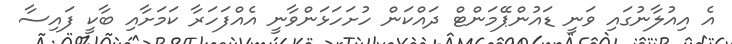
އެ އިއުލާނުގައި ވަނީ ޑައުންޕޭމަންޓް ދައްކަން ހުށަހަޅަންވާނީ އެއްފަހަރާ ކަމަށާއި ބާކީ ފައިސާ